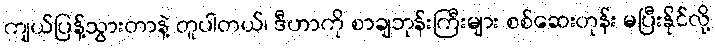
ကျယ်ပြန့်သွားတာနဲ့ တူပါတယ်၊ ဒီဟာကို စာချဘုန်းကြီးများ စစ်ဆေးတုန်း မပြီးနိုင်လို့